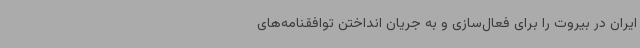
ایران در بیروت را برای فعال‌سازی و به جریان انداختن توافقنامه‌های